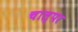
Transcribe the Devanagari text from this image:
चाल्पर